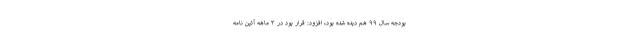
بودجه سال ۹۹ هم دیده شده بود، افزود: قرار بود در ۳ ماهه آئین نامه